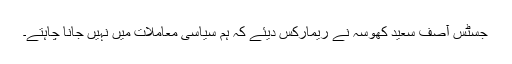
جسٹس آصف سعید کھوسہ نے ریمارکس دیئے کہ ہم سیاسی معاملات میں نہیں جانا چاہتے۔